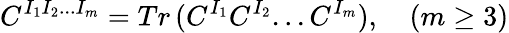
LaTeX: C^{I_{1}I_{2}...I_{m}}=Tr\, (C^{I_{1}}C^{I_{2}}...C^{I_{m}}),\quad(m\geq 3)